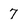
Character: 7